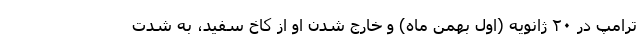
ترامپ در ۲۰ ژانویه (اول بهمن ماه) و خارج شدن او از کاخ سفید، به شدت